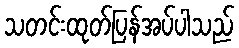
သတင်းထုတ်ပြန်အပ်ပါသည်